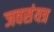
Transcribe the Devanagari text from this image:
जवसंयत्र